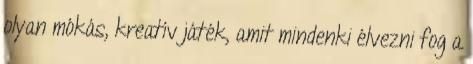
olyan mókás, kreatív játék, amit mindenki élvezni fog a